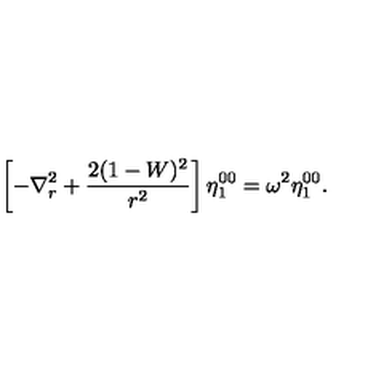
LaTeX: \left[ - \nabla _ { r } ^ { 2 } + \frac { 2 ( 1 - W ) ^ { 2 } } { r ^ { 2 } } \right] \eta _ { 1 } ^ { 0 0 } = \omega ^ { 2 } \eta _ { 1 } ^ { 0 0 } .